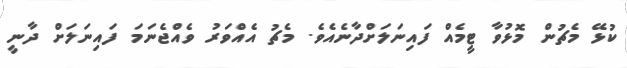
ކުޅޭ މެޗުން މޮޅުވާ ޓީމެއް ފައިނަލަށްދާނެއެވެ. މެޗު އެއްވަރު ވެއްޖެނަމަ ފައިނަލަށް ދާނީ